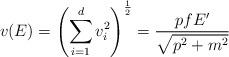
LaTeX: \begin{align*} v(E) = \left( \sum_{i = 1}^d v_i^2 \right)^{\frac{1}{2}} = \frac{p f E'}{\sqrt{p^2 + m^2}}\end{align*}